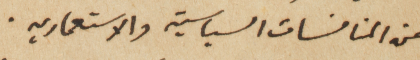
من المنافسات السياسية والاستعماريه.